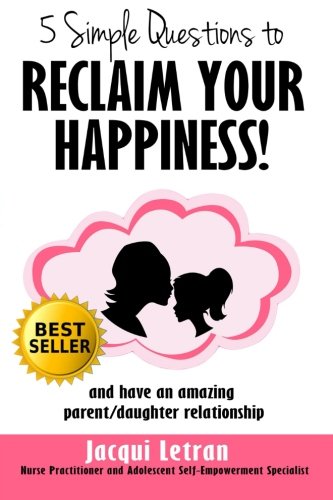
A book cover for Five Simple Questions To Reclaim Your Happiness: and have an amazing parent/daughter relationship (Words of Wisdom for Teens(TM)) (Volume 1); Jacqui Letran; Health, Fitness & Dieting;